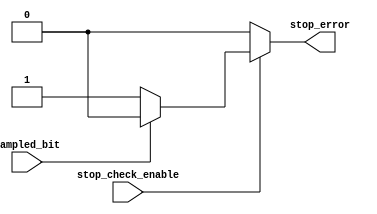
module Stop_Check (
    input      stop_check_enable,
    input      sampled_bit,
    output reg stop_error
);
    always @(*) 
        begin
            if (stop_check_enable) 
                begin
                    if (sampled_bit == 'd1) 
                        begin
                            stop_error = 'd0;
                        end 
                    else 
                        begin
                            stop_error = 'd1;
                        end
                end 
            else 
                begin
                    stop_error = 'd0;
                end
        end
endmodule